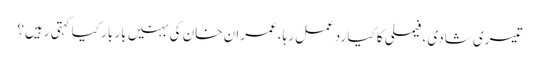
تیسری شادی ،فیملی کا کیا ردعمل رہا،عمران خان کی بہنیں بار بار کیا کہتی رہیں؟